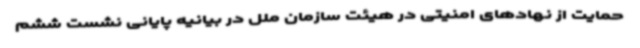
حمایت از نهادهای امنیتی در هیئت سازمان ملل در بیانیه پایانی نشست ششم